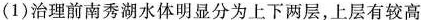
(1)治理前南秀湖水体明显分为上下两层，上层有较高